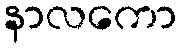
နာလကော